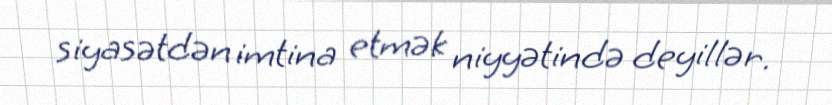
siyasətdən imtina etmək niyyətində deyillər.